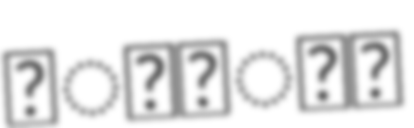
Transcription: वेलफेयर